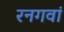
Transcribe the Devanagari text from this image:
रनगवां